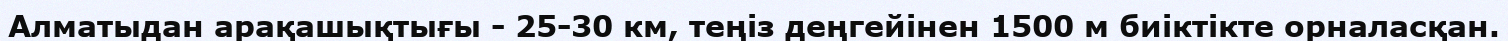
Алматыдан арақашықтығы - 25-30 км, теңіз деңгейінен 1500 м биіктікте орналасқан.